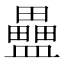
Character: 𥃇